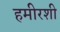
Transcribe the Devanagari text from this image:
हमीरशी